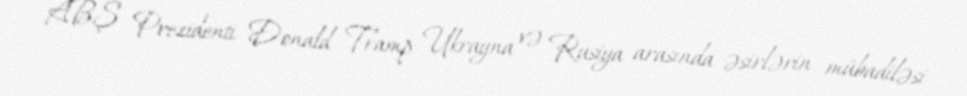
ABŞ Prezidenti Donald Tramp Ukrayna və Rusiya arasında əsirlərin mübadiləsi